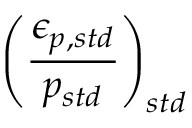
\displaystyle \left( \frac { \epsilon _ { p , s t d } } { p _ { s t d } } \right) _ { s t d }